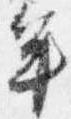
年